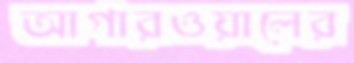
আগারওয়ালের